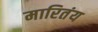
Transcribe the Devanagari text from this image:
मारितंय